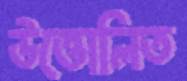
উত্তোলিত